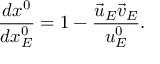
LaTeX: \frac { d x ^ { 0 } } { d x _ { E } ^ { 0 } } = 1 - \frac { \vec { u } _ { E } \vec { v } _ { E } } { u _ { E } ^ { 0 } } .